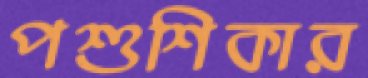
পশুশিকার